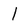
Character: l